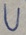
Text: U